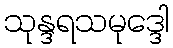
သုန္ဒရသမုဒ္ဒေါ